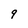
Character: 9